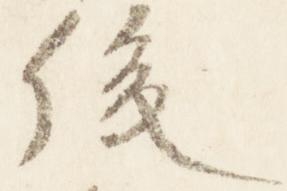
後